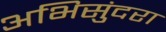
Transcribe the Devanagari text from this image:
अभिसुंदरा